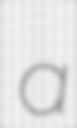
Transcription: a